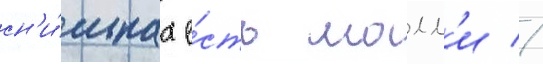
сн'и́мках е́сть молл'и //